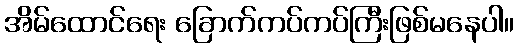
အိမ်ထောင်ရေး ခြောက်ကပ်ကပ်ကြီးဖြစ်မနေပါ။